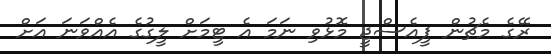
ރޭގެ މެޗުން ޕީއެސްޖީ މޮޅުވި ނަމަ އެ ޓީމަށް ލީގުގެ އެއްވަނަ އަށް